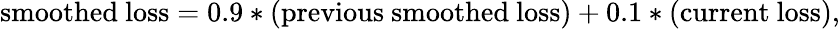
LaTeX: \mathrm{{smoothed~loss}=0.9*\mathrm{{(previous~smoothed~loss)}+0.1*\mathrm{{(current~loss),}}}}